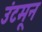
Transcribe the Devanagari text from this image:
उंटमून